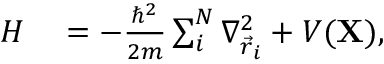
\begin{array} { r l } { H } & { { } = - \frac { \hbar ^ { 2 } } { 2 m } \sum _ { i } ^ { N } \nabla _ { \vec { r } _ { i } } ^ { 2 } + V ( \mathbf { X } ) , } \end{array}